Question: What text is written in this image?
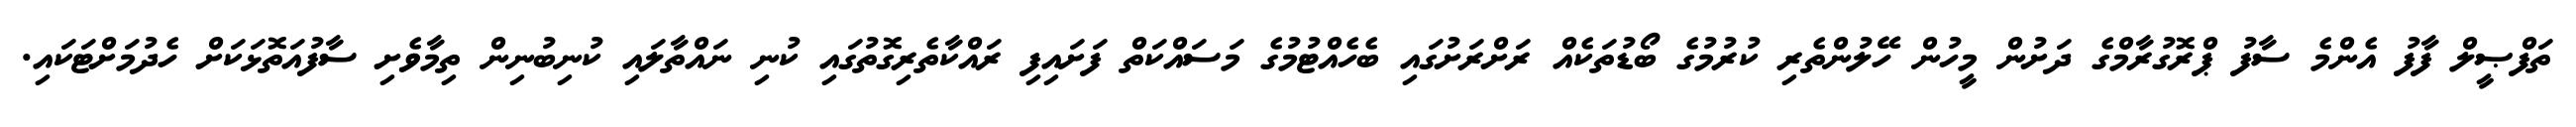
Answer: ތަފްޞީލް ފާފު އެންމެ ސާފު ޕްރޮގުރާމްގެ ދަށުން މީހުން ހޭލުންތެރި ކުރުމުގެ ބޯޑުތަކެއް ރަށްރަށުގައި ބެހެއްޓުމުގެ މަސައްކަތް ފަށައިފި ރައްކާތެރިގޮތުގައި ކުނި ނައްތާލައި ކުނިބުނިން ތިމާވެށި ސާފުއަތޮޅަކަށް ހެދުމަށްޓަކައި.